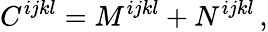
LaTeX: C^{ijkl}=M^{ijkl}+N^{ijkl}\, ,